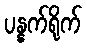
ပန္နက်ရိုက်